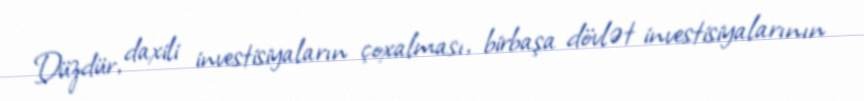
Düzdür, daxili investisiyaların çoxalması, birbaşa dövlət investisiyalarının